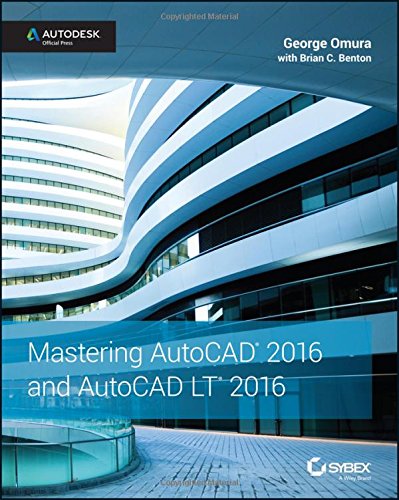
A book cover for Mastering AutoCAD 2016 and AutoCAD LT 2016: Autodesk Official Press; George Omura; Engineering & Transportation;